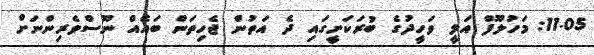
11.05: މަހުލޫފް އަލީ ވަހީދުގެ ބުރަކަށީގައި ދެ އަތުން ޖެހިތަން ބައެއް ނޫސްވެރިންނަށް